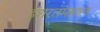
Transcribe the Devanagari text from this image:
इशरतमहाल